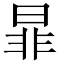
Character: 暃